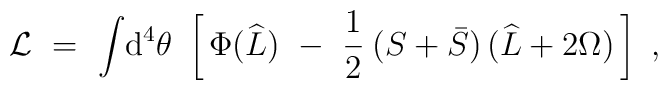
{\cal L}\ =\ \int \! \mbox{d}^4 \theta\ \left[\, \Phi (\widehat L)\  -\ \frac{1}{2}\: (S + \bar S)\, (\widehat L + 2 \Omega)\, \right]\ ,